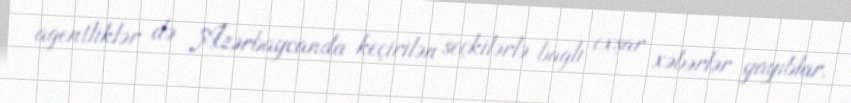
agentliklər də Azərbaycanda keçirilən seçkilərlə bağlı oxşar xəbərlər yayıblar.